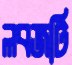
লবজটি